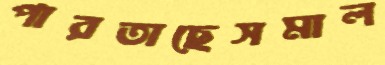
পারতাছেসমাল